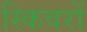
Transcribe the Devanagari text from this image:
स्किवरों